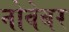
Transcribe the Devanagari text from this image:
नोवेबर